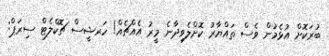
ބުރަކޮށް އުޅެމުން ވެސް ތައްޔާރު ކޮށްލެވިދާނެ މީރު އެއްޗެއް! ހަރޝީސް ޗޮކްލެޓް ސިރަޕް: